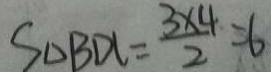
S _ { \Delta B D C } = \frac { 3 \times 4 } { 2 } = 6